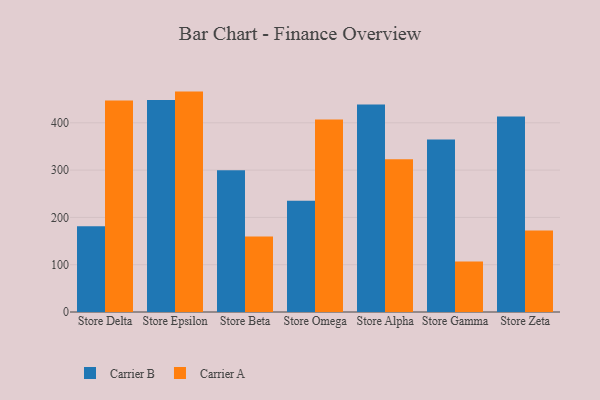
{"axis": {"x": "Store", "y": "Population (Million)"}, "legend": ["Carrier A", "Carrier B"], "data": [{"x": "Store Delta", "y": 181.3, "type": "Carrier B"}, {"x": "Store Delta", "y": 447.3, "type": "Carrier A"}, {"x": "Store Epsilon", "y": 448.3, "type": "Carrier B"}, {"x": "Store Epsilon", "y": 466.0, "type": "Carrier A"}, {"x": "Store Beta", "y": 299.7, "type": "Carrier B"}, {"x": "Store Beta", "y": 159.4, "type": "Carrier A"}, {"x": "Store Omega", "y": 235.2, "type": "Carrier B"}, {"x": "Store Omega", "y": 406.8, "type": "Carrier A"}, {"x": "Store Alpha", "y": 438.9, "type": "Carrier B"}, {"x": "Store Alpha", "y": 323.2, "type": "Carrier A"}, {"x": "Store Gamma", "y": 364.6, "type": "Carrier B"}, {"x": "Store Gamma", "y": 106.9, "type": "Carrier A"}, {"x": "Store Zeta", "y": 413.3, "type": "Carrier B"}, {"x": "Store Zeta", "y": 172.4, "type": "Carrier A"}]}